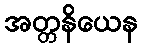
အတ္တနိယေန